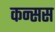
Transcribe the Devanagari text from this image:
कन्सस